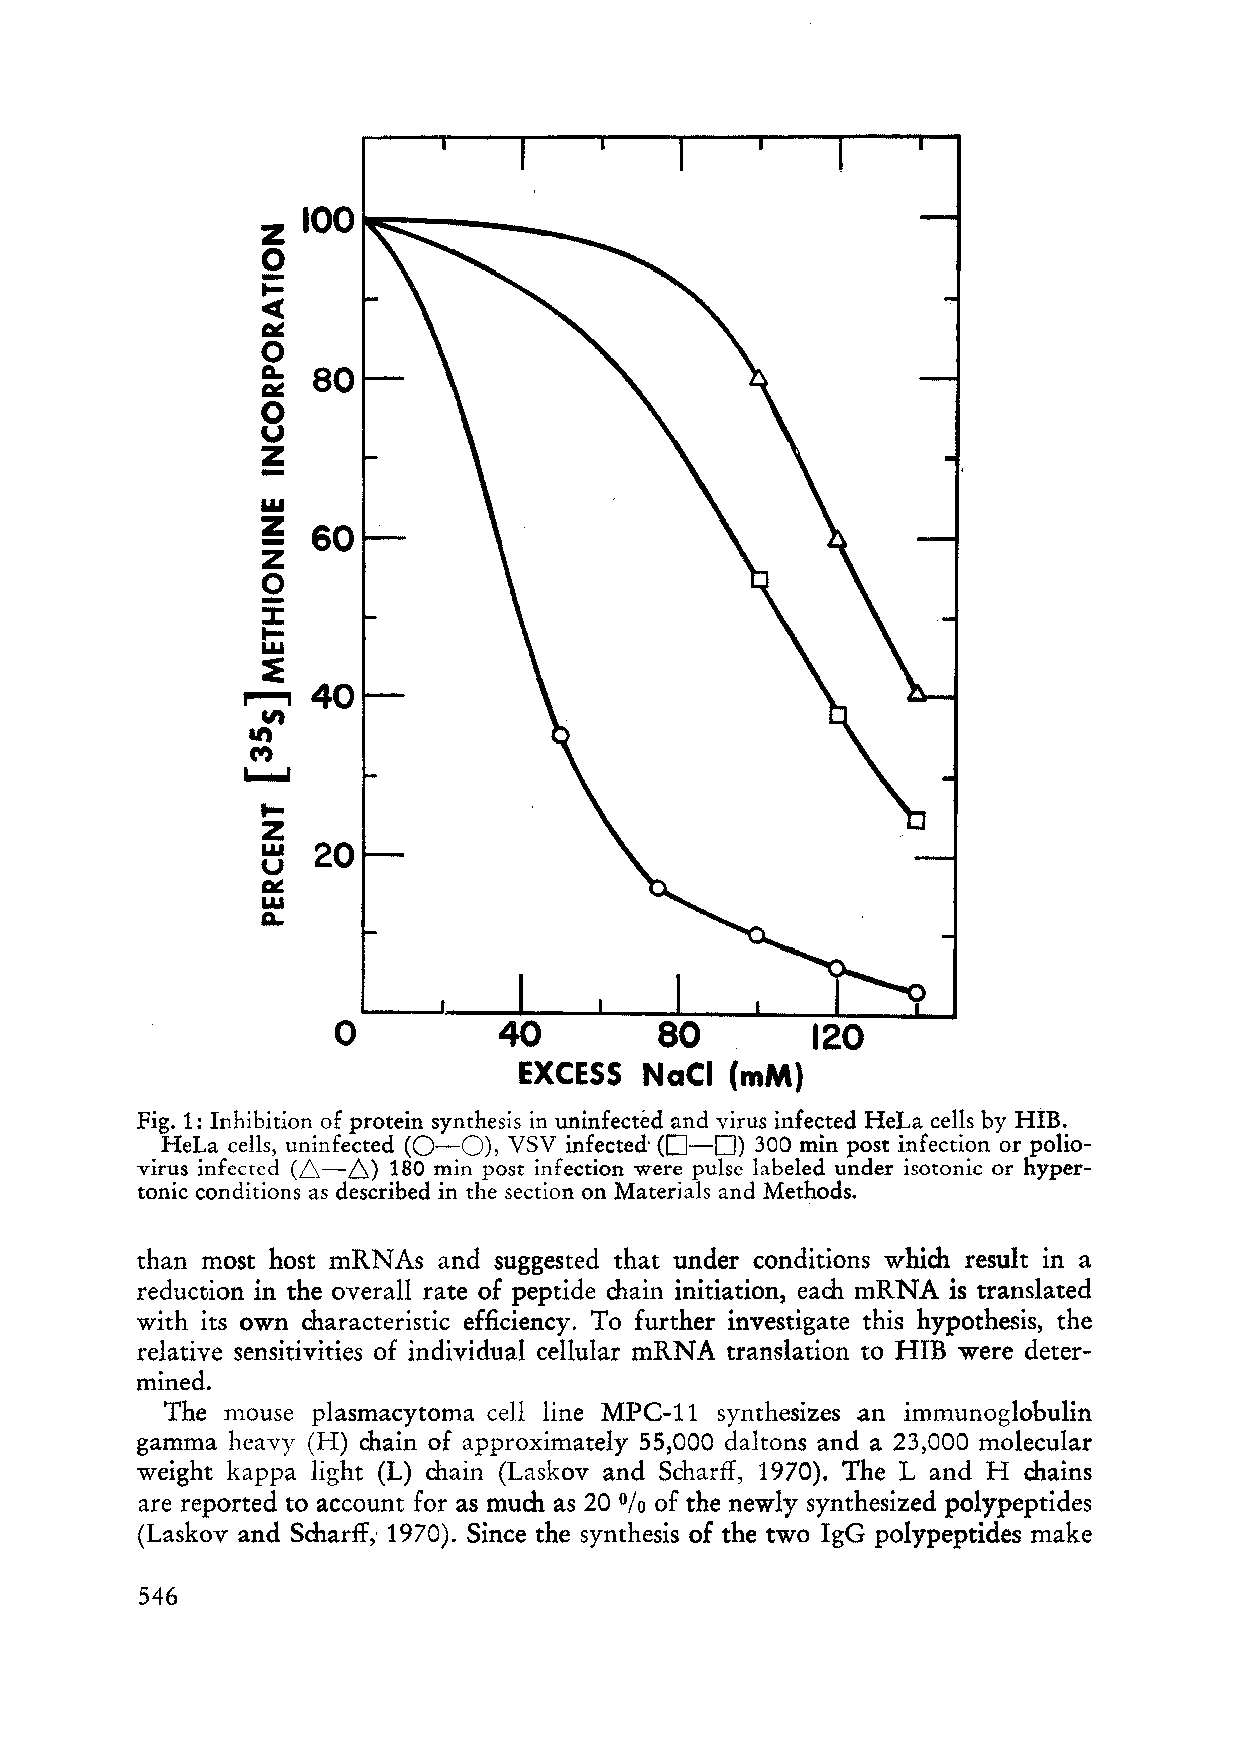
z  100
 -0
 I«-
 ~
 0
 a-
 80
 ~
 0
 u
 -
 Z
 LU
 Z-
 60
 z
 -0
 :J:
 I-
 LU
 ,...~... ,
 40
 '"
 Il')
 (W)
 '--'
 I-
 Z
 LU  20
 u
 ~
 LU
 a-
 o
 Fig. 1: Inhibition of protein synthesis in uninfected and virus infected HeLa cells by HIB.
 HeLa cells, uninfected (0-0), VSV infected' (0-0) 300 min post infection or polio
 virus infected (,6,-6,.) 180 min post infection were pulse labeled under isotonic or hyper
 tonie conditions as deseribed in the seetion on Materials and Methods.
 than most host mRNAs and suggested that under conditions which result in a
 reduction in the overall rate of peptide chain initiation, each mRNA is translated
 with its own characteristic efficiency. To further investigate this hypothesis, the
 relative sensitivities of individual cellular mRNA translation to HIB were deter
 mined.
 The mouse plasmacytoma cell line MPC-l1 synthesizes an immunoglobulin
 gamma heavy (H) chain of approximately 55,000 daltons and a 23,000 molecular
 weight kappa light (L) main (Laskov and Scharff, 1970). The Land H chains
 are reported to account for as much as 20 °/0 of the newly synthesized polypeptides
 (Laskov and Scharff,. 1970). Since the synthesis of the two IgG polypeptides make
 546